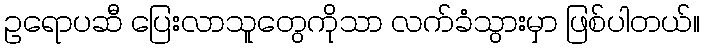
ဥရောပဆီ ပြေးလာသူတွေကိုသာ လက်ခံသွားမှာ ဖြစ်ပါတယ်။